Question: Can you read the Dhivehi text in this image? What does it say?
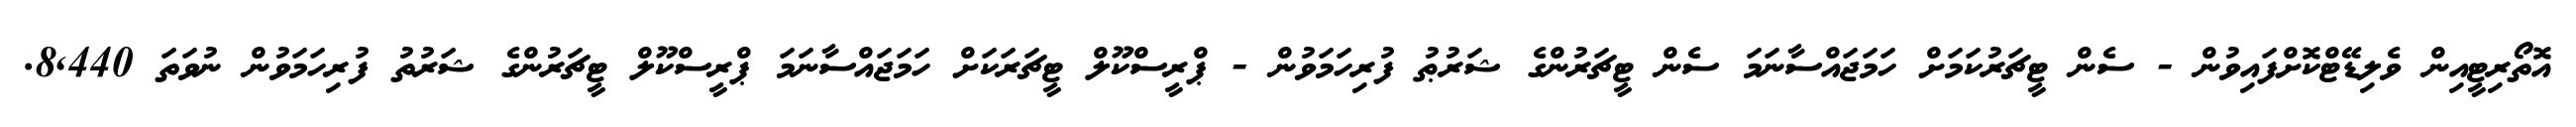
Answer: އޮތޯރިޓީއިން ވެލިޑޭޓްކޮށްފައިވުން - ސެން ޓީޗަރުކަމަށް ހަމަޖައްސާނަމަ ސެން ޓީޗަރުންގެ ޝަރުޠު ފުރިހަމަވުން - ޕްރީސްކޫލް ޓީޗަރަކަށް ހަމަޖައްސާނަމަ ޕްރީސްކޫލް ޓީޗަރުންގެ ޝަރުތު ފުރިހަމަވުން ނުވަތަ 8,440.